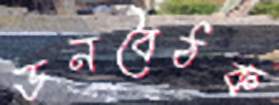
ডনবৈঠক